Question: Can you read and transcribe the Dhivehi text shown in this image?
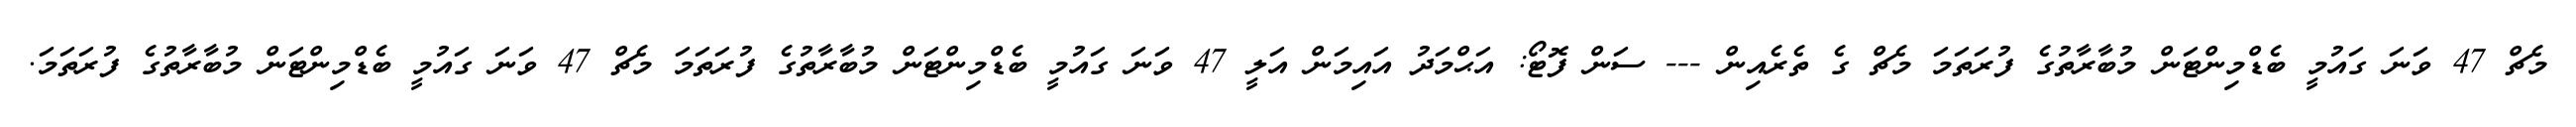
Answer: މެޗް 47 ވަނަ ގައުމީ ބެޑްމިންޓަން މުބާރާތުގެ ފުރަތަމަ މެޗް ގެ ތެރެއިން --- ސަން ފޮޓޯ: އަޙްމަދު އައިމަން އަލީ 47 ވަނަ ގައުމީ ބެޑްމިންޓަން މުބާރާތުގެ ފުރަތަމަ މެޗް 47 ވަނަ ގައުމީ ބެޑްމިންޓަން މުބާރާތުގެ ފުރަތަމަ.